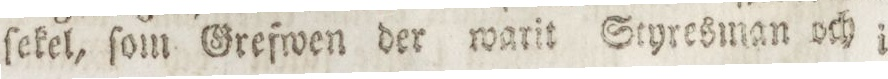
ſekel, ſom Grefwen der warit Styresman och i